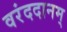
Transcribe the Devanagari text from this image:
वरंददानम्